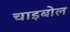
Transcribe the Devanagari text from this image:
चाइबोल